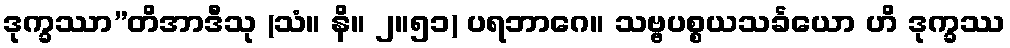
ဒုက္ခဿာ”တိအာဒီသု (သံ။ နိ။ ၂။၅၁) ပရဘာဂေ။ သဗ္ဗပစ္စယသင်္ခယော ဟိ ဒုက္ခဿ